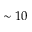
\sim 1 0